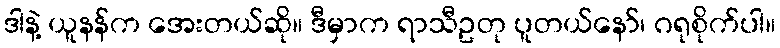
ဒါနဲ့ ယူနန်က အေးတယ်ဆို။ ဒီမှာက ရာသီဥတု ပူတယ်နော်၊ ဂရုစိုက်ပါ။